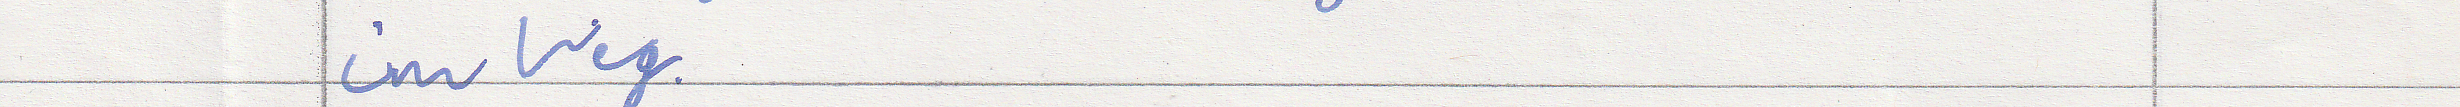
im Weg.